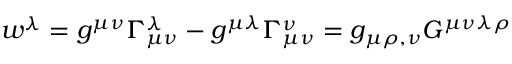
w ^ { \lambda } = g ^ { \mu \nu } \Gamma _ { \mu \nu } ^ { \lambda } - g ^ { \mu \lambda } \Gamma _ { \mu \nu } ^ { \nu } = g _ { \mu \rho , \nu } G ^ { \mu \nu \lambda \rho }